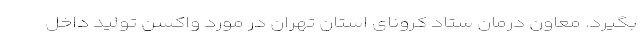
بگیرد. معاون درمان ستاد کرونای استان تهران در مورد واکسن تولید داخل